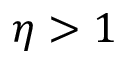
\eta > 1